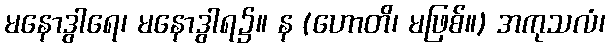
မနောဒွါရေ၊ မနောဒွါရ၌။ န (ဟောတိ၊ မဖြစ်။) အကုသလံ၊